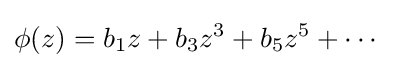
\phi (z)=b_{1}z+b_{3}z^{3}+b_{5}z^{5}+\cdots